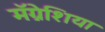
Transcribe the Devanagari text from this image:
मॅग्नेशिया